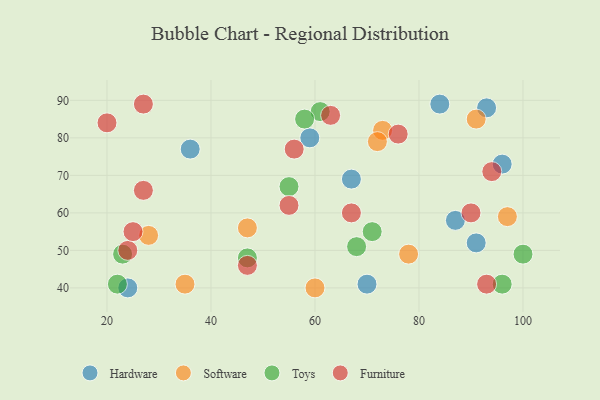
{"axis": {"x": "GDP", "y": "Life Expectancy"}, "legend": ["Furniture", "Hardware", "Software", "Toys"], "data": [{"x": "36", "y": 77, "type": "Hardware"}, {"x": "67", "y": 69, "type": "Hardware"}, {"x": "84", "y": 89, "type": "Hardware"}, {"x": "59", "y": 80, "type": "Hardware"}, {"x": "93", "y": 88, "type": "Hardware"}, {"x": "24", "y": 40, "type": "Hardware"}, {"x": "87", "y": 58, "type": "Hardware"}, {"x": "91", "y": 52, "type": "Hardware"}, {"x": "70", "y": 41, "type": "Hardware"}, {"x": "96", "y": 73, "type": "Hardware"}, {"x": "35", "y": 41, "type": "Software"}, {"x": "73", "y": 82, "type": "Software"}, {"x": "91", "y": 85, "type": "Software"}, {"x": "28", "y": 54, "type": "Software"}, {"x": "60", "y": 40, "type": "Software"}, {"x": "72", "y": 79, "type": "Software"}, {"x": "97", "y": 59, "type": "Software"}, {"x": "47", "y": 56, "type": "Software"}, {"x": "78", "y": 49, "type": "Software"}, {"x": "47", "y": 48, "type": "Toys"}, {"x": "71", "y": 55, "type": "Toys"}, {"x": "61", "y": 87, "type": "Toys"}, {"x": "68", "y": 51, "type": "Toys"}, {"x": "23", "y": 49, "type": "Toys"}, {"x": "55", "y": 67, "type": "Toys"}, {"x": "22", "y": 41, "type": "Toys"}, {"x": "100", "y": 49, "type": "Toys"}, {"x": "96", "y": 41, "type": "Toys"}, {"x": "58", "y": 85, "type": "Toys"}, {"x": "67", "y": 60, "type": "Furniture"}, {"x": "47", "y": 46, "type": "Furniture"}, {"x": "56", "y": 77, "type": "Furniture"}, {"x": "93", "y": 41, "type": "Furniture"}, {"x": "94", "y": 71, "type": "Furniture"}, {"x": "55", "y": 62, "type": "Furniture"}, {"x": "20", "y": 84, "type": "Furniture"}, {"x": "24", "y": 50, "type": "Furniture"}, {"x": "90", "y": 60, "type": "Furniture"}, {"x": "76", "y": 81, "type": "Furniture"}, {"x": "63", "y": 86, "type": "Furniture"}, {"x": "25", "y": 55, "type": "Furniture"}, {"x": "27", "y": 89, "type": "Furniture"}, {"x": "27", "y": 66, "type": "Furniture"}]}